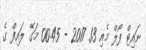
ނައިޓް ފޯލް މެއި 13